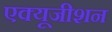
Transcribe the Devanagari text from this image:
एक्यूजीशन